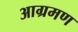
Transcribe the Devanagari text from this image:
आग्रमण